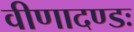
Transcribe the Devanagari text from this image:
वीणादण्डः